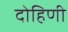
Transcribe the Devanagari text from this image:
दोहिणी